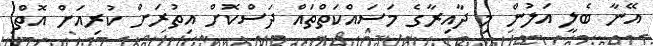
އޭނާ ބެލީ އަލުން މި ދާއިރާގެ މަސައްކަތްތައް ދަސްކޮށް އިތުރަށް ކުރިއަށް އޮތް